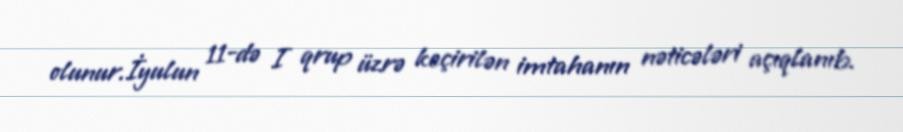
olunur.İyulun 11-də I qrup üzrə keçirilən imtahanın nəticələri açıqlanıb.